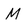
Character: M